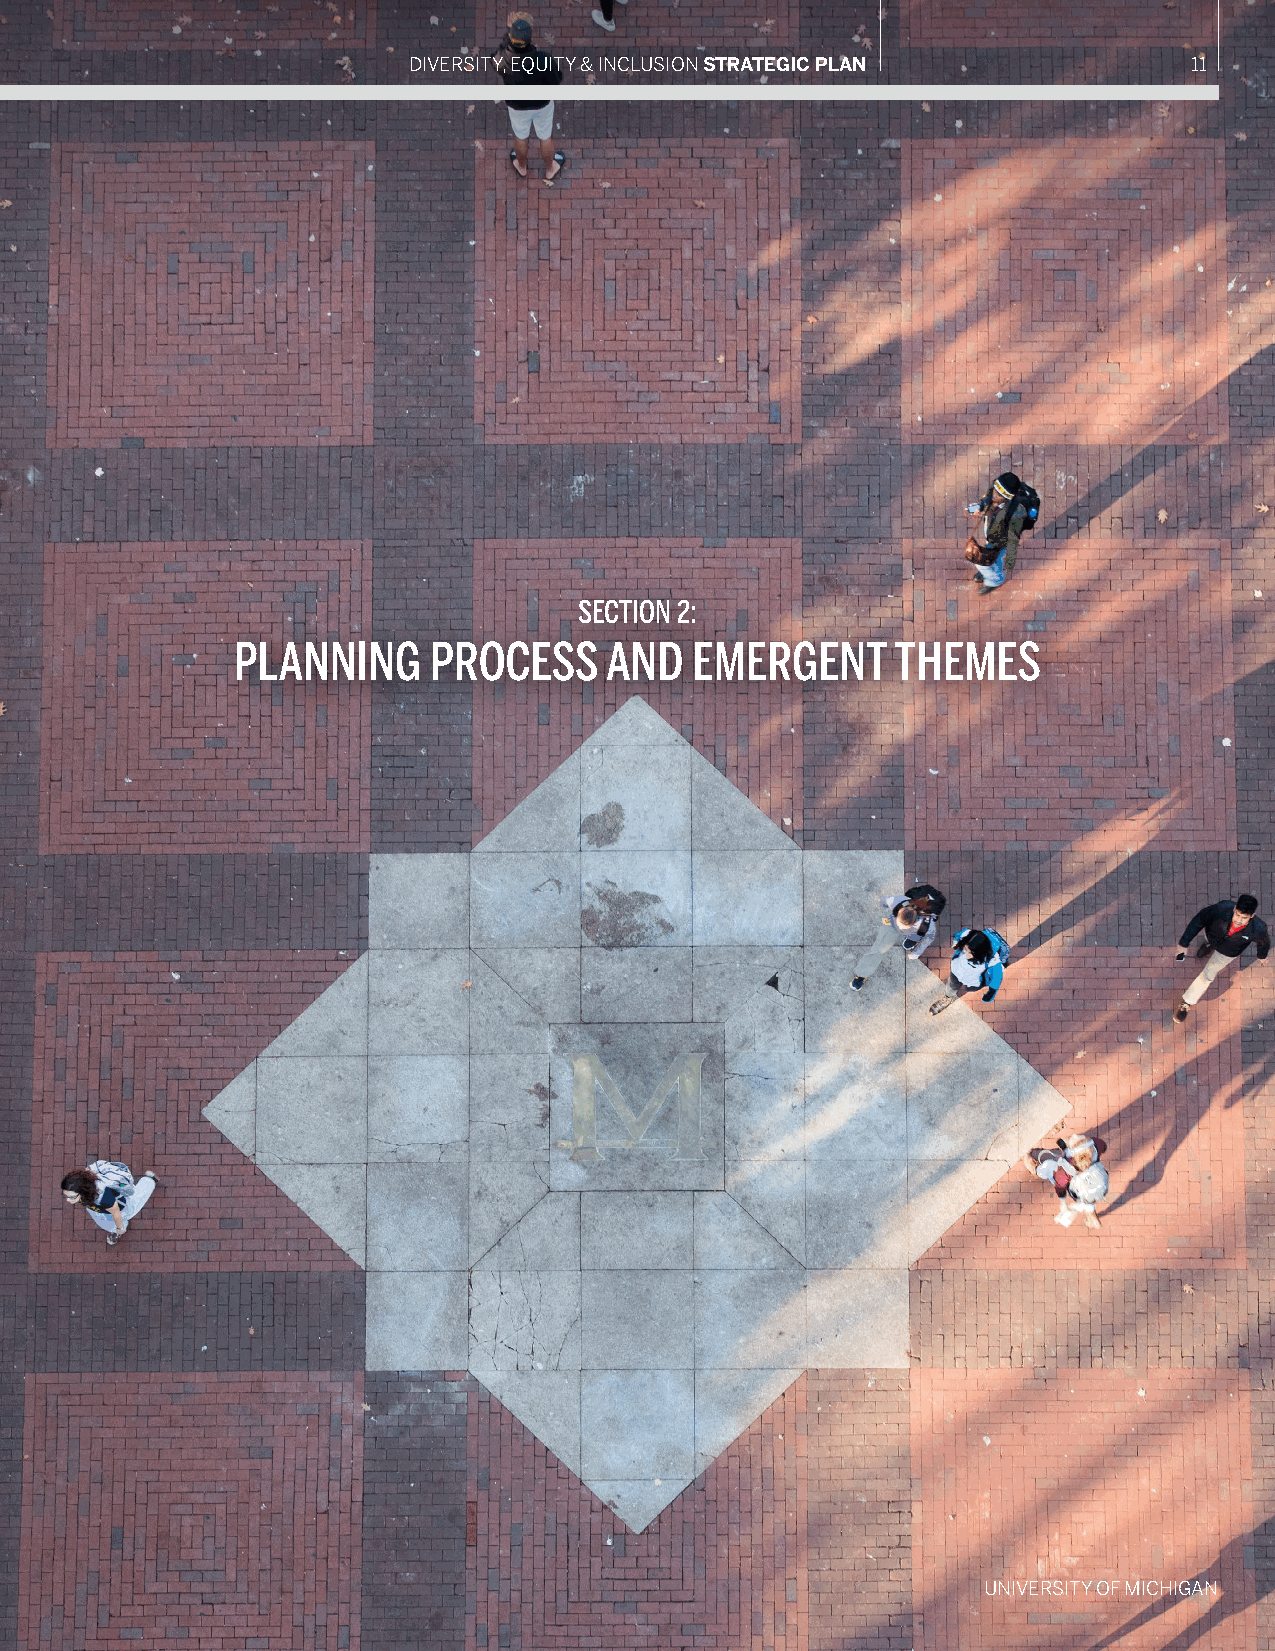
DIVERSITY, EQUITY & INCLUSION STRATEGIC PLAN        11
 SECTION 2:
 PLANNING     PROCESS     AND   EMERGENT     THEMES
 UNIVERSITY OF MICHIGAN